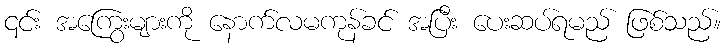
၎င်း အကြွေးများကို နောက်လမကုန်ခင် အပြီး ပေးဆပ်ရမည် ဖြစ်သည်။